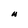
Character: U